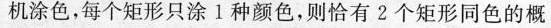
机涂色，每个矩形只涂1种颜色，则恰有2个矩形同色的概